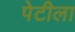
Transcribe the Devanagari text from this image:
पेटीला